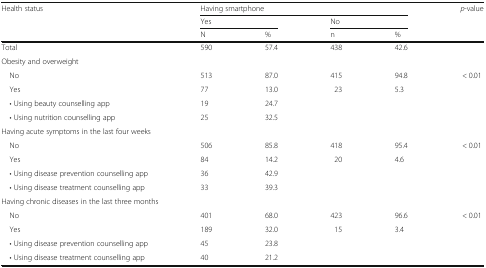
<table><thead><tr><td rowspan="3"><b>Health status</b></td><td colspan="4"><b>Having smartphone</b></td><td rowspan="3"><b><i>p</i>-value</b></td></tr><tr><td colspan="2"><b>Yes</b></td><td colspan="2"><b>No</b></td></tr><tr><td><b>N</b></td><td><b>%</b></td><td><b>n</b></td><td><b>%</b></td></tr></thead><tbody><tr><td>Total</td><td>590</td><td>57.4</td><td>438</td><td>42.6</td><td></td></tr><tr><td colspan="6">Obesity and overweight</td></tr><tr><td> No</td><td>513</td><td>87.0</td><td>415</td><td>94.8</td><td>&lt; 0.01</td></tr><tr><td> Yes</td><td>77</td><td>13.0</td><td>23</td><td>5.3</td><td></td></tr><tr><td> • Using beauty counselling app</td><td>19</td><td>24.7</td><td></td><td></td><td></td></tr><tr><td> • Using nutrition counselling app</td><td>25</td><td>32.5</td><td></td><td></td><td></td></tr><tr><td colspan="6">Having acute symptoms in the last four weeks</td></tr><tr><td> No</td><td>506</td><td>85.8</td><td>418</td><td>95.4</td><td>&lt; 0.01</td></tr><tr><td> Yes</td><td>84</td><td>14.2</td><td>20</td><td>4.6</td><td></td></tr><tr><td> • Using disease prevention counselling app</td><td>36</td><td>42.9</td><td></td><td></td><td></td></tr><tr><td> • Using disease treatment counselling app</td><td>33</td><td>39.3</td><td></td><td></td><td></td></tr><tr><td colspan="6">Having chronic diseases in the last three months</td></tr><tr><td> No</td><td>401</td><td>68.0</td><td>423</td><td>96.6</td><td>&lt; 0.01</td></tr><tr><td> Yes</td><td>189</td><td>32.0</td><td>15</td><td>3.4</td><td></td></tr><tr><td> • Using disease prevention counselling app</td><td>45</td><td>23.8</td><td></td><td></td><td></td></tr><tr><td> • Using disease treatment counselling app</td><td>40</td><td>21.2</td><td></td><td></td><td></td></tr></tbody></table>